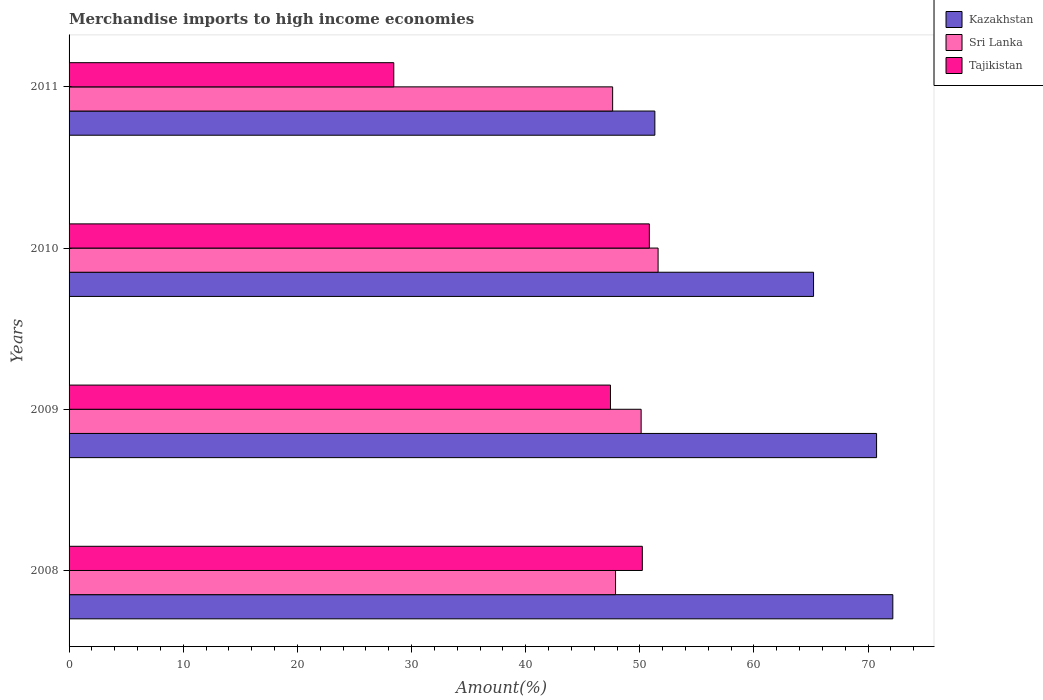
| Years | Kazakhstan | Sri Lanka | Tajikistan |
 | --- | --- | --- | --- |
 | 2008 | 72.2 | 47.9 | 50.2 |
 | 2009 | 70.7 | 50.1 | 47.4 |
 | 2010 | 65.2 | 51.6 | 50.8 |
 | 2011 | 51.3 | 47.6 | 28.4 |